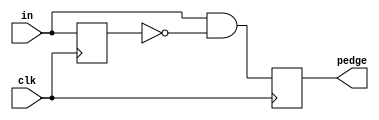
module top_module (
    input wire clk,
    input wire [7:0] in,
    output reg [7:0] pedge
);

    // Intermediate signal to store the previous state of 'in'
    reg [7:0] in_prev;

    // Sequential logic to capture positive edge transitions
    always @(posedge clk) begin
        // Detect transitions from 0 to 1
        pedge = (in & ~in_prev);
        
        // Update 'in_prev' to the current state of 'in'
        in_prev <= in;
    end

endmodule